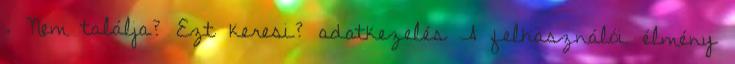
. Nem találja? Ezt keresi? adatkezelés A felhasználói élmény